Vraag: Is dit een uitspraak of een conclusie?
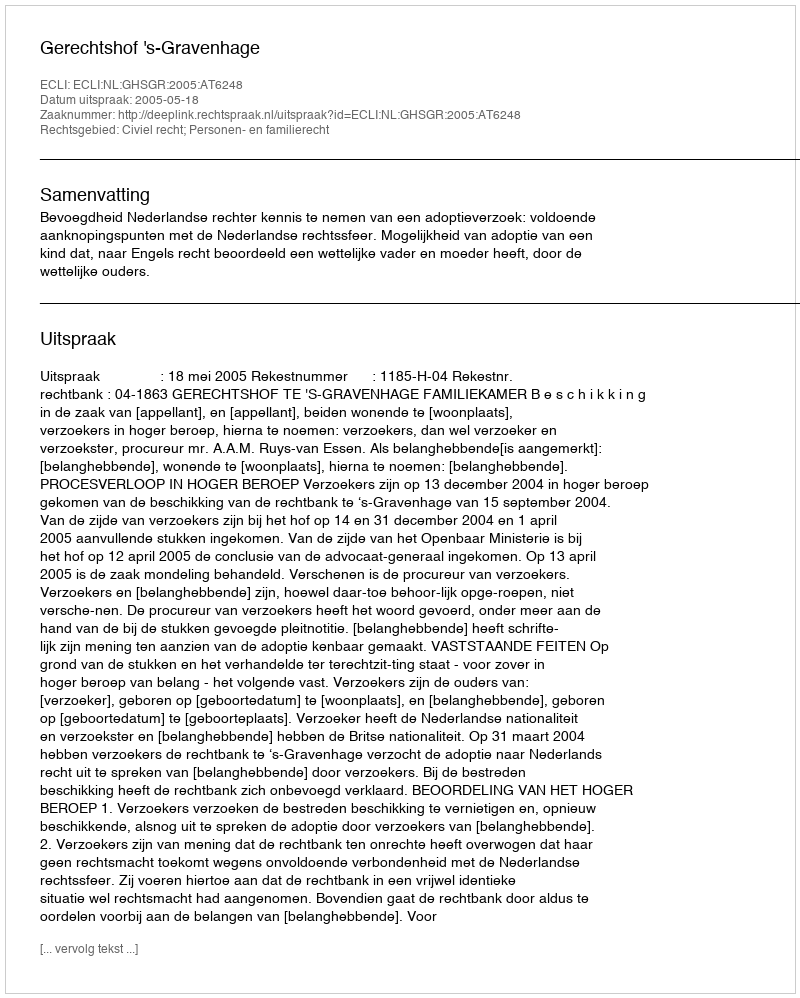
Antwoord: Uitspraak